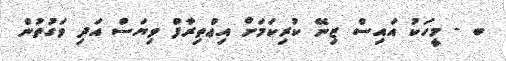
ބ - މީހަކު އައިސް ޒިނޭ ކުރިކަމަށް އިޢްތިރާފް ވިޔަސް އަދި ވަގުތުން